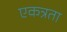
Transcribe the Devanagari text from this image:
एकत्रता